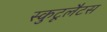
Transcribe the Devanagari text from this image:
स्कुटूलैटस